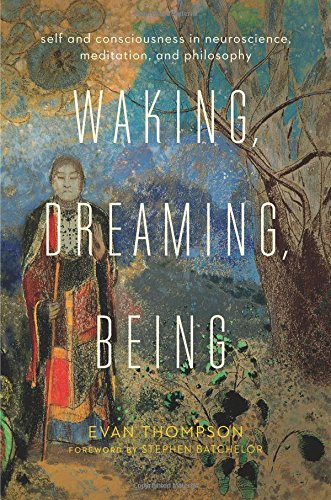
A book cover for Waking, Dreaming, Being: Self and Consciousness in Neuroscience, Meditation, and Philosophy; Evan Thompson; Medical Books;